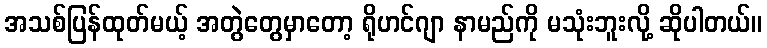
အသစ်ပြန်ထုတ်မယ့် အတွဲတွေမှာတော့ ရိုဟင်ဂျာ နာမည်ကို မသုံးဘူးလို့ ဆိုပါတယ်။